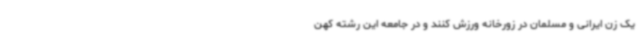
یک زن ایرانی و مسلمان در زورخانه ورزش کنند و در جامعه این رشته کهن